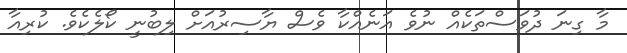
މާ ގިނަ ދުވަސްތަކެއް ނުވެ އަނެއްކާ ވެސް ޔާސިރުއަށް ލިބުނީ ކޯލެކެވެ. ކުރިއާ